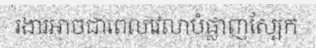
រងារអាចជាពេលវេលាបំផ្លាញស្បែក